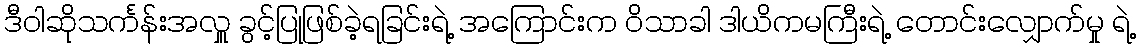
ဒီဝါဆိုသင်္ကန်းအလှူ ခွင့်ပြုဖြစ်ခဲ့ရခြင်းရဲ့ အကြောင်းက ဝိသာခါ ဒါယိကမကြီးရဲ့ တောင်းလျှောက်မှု ရဲ့